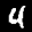
Label: 4